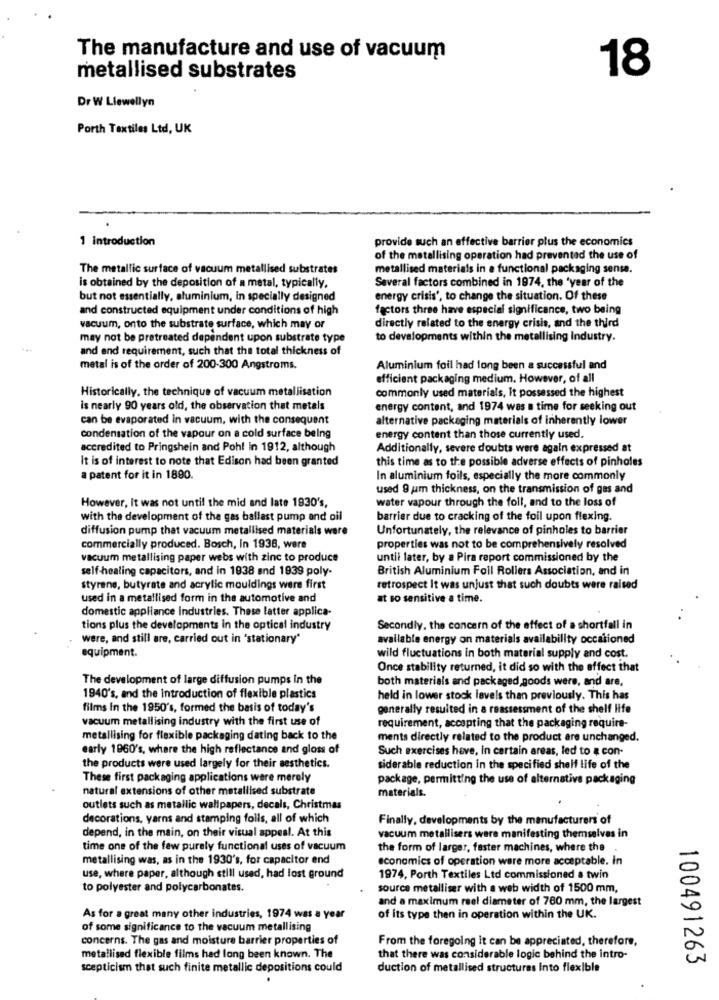
The manufacture and use of vacuum
18
metallised substrates
Dr W Llewellyn
Porth Textiles Ltd, UK
1 Introduction
provide such an effective barrier plus the economics
of the metallising operation had prevented the use of
The metallic surface of vacuum metallised substrates
metallised materials in a functional packaging sense.
Several factors combined in 1974, the 'year of the
is obtained by the deposition of a metal, typically.
but not essentially, aluminium, in specially designed
energy crisis', to change the situation. Of these
and constructed equipment under conditions of high
factors three have especial significance, two being
vacuum, onto the substrate surface, which may or
directly related to the energy crisis, and the third
may not be pretreated dependent upon substrate type
to developments within the metallising industry.
and end requirement, such that the total thickness of
metal is of the order of 200-300 Angstroms.
Aluminium foil had long been a successful and
efficient packaging medium. However, of all
Historically, the technique of vacuum metallisation
commonly used materials, it possessed the highest
is nearly 90 years old, the observation that metals
energy content, and 1974 was a time for seeking out
can be evaporated in vacuum, with the consequent
alternative packaging materials of inherently lower
condensation of the vapour on a cold surface being
energy content than those currently used.
accredited to Pringshein and Pohl in 1912, although
Additionally, severe doubts were again expressed at
It is of interest to note that Edison had been granted
this time as to the possible adverse effects of pinholes
a patent for it in 1890.
In aluminium foils, especially the more commonly
used 9 um thickness, on the transmission of gas and
water vapour through the foll, and to the loss of
However, It was not until the mid and late 1930's,
with the development of the gas ballast pump and oil
barrier due to cracking of the foil upon flexing.
diffusion pump that vacuum metallised materials were
Unfortunately, the relevance of pinholes to barrier
commercially produced. Bosch, in 1938, were
properties was not to be comprehensively resolved
vacuum metallising paper webs with zinc to produce
until later, by a Pira report commissioned by the
self-healing capacitors, and in 1938 and 1939 poly-
British Aluminium Foil Rollers Association, and in
styrene, butyrate and acrylic mouldings were first
retrospect It was unjust that such doubts were raised
used in a metallised form in the automotive and
at so sensitive a time.
domestic appliance industries. These latter applica-
tions plus the developments in the optical industry
Secondly, the concern of the effect of a shortfall in
were, and still are, carried out in 'stationary*
available energy on materials availability occationed
equipment.
wild fluctuations in both material supply and cost.
Once stability returned, it did so with the effect that
The development of large diffusion pumps In the
both materials and packaged goods were, and are,
1940's, and the Introduction of flexible plastics
held in lower stock levels than previously. This has
films in the 1950's, formed the basis of today's
generally resulted in a reassessment of the shelf life
vacuum metallising industry with the first use of
requirement, accepting that the packaging require-
metallising for flexible packaging dating back to the
ments directly related to the product are unchanged.
early 1960's, where the high reflectance and gloss of
Such exercises heve, in certain areas, led to a con-
the products were used largely for their aesthetics.
siderable reduction in the specified shelf life of the
These first packaging applications were merely
package, permitting the use of alternative packaging
natural extensions of other metallised substrate
materials.
outlets such as metallic wallpapers, decals, Christmas
decorations, yarns and stamping foils, all of which
Finally, developments by the manufacturers of
depend, in the main, on their visual appeal. At this
vacuum metallisers were manifesting themselves in
time one of the few purely functional uses of vacuum
the form of larger, faster machines, where the
metallising was, as in the 1930's, for capacitor end
economics of operation were more acceptable. In
use, where paper, although still used, had lost ground
1974, Porth Textiles Ltd commissioned a twin
to polyester and polycarbonates.
source metalliser with a web width of 1500 mm,
and a maximum reel diameter of 780 mm, the largest
As for a great many other industries, 1974 was a year
of its type then in operation within the UK.
of some significance to the vacuum metallising
concerns. The gas and moisture barrier properties of
From the foregoing it can be appreciated, therefore,
metallised flexible films had long been known. The
that there was considerable logic behind the intro-
100491263
scepticism that such finite metallic depositions could
duction of metallised structures Into flexible